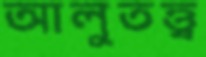
আলুতত্ত্ব